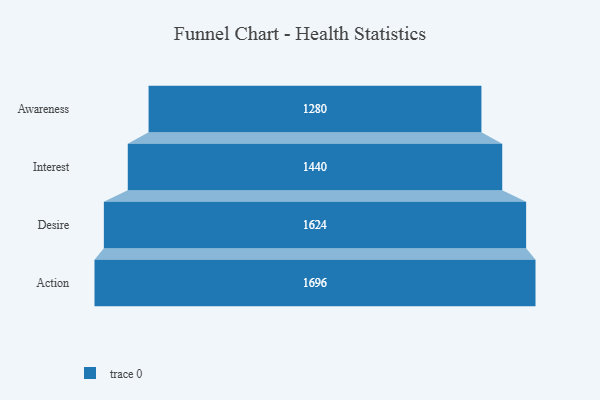
{"axis": {"x": "Stage", "y": "Value"}, "legend": [""], "data": [{"x": "Awareness", "y": 1280.0, "type": ""}, {"x": "Interest", "y": 1440.0, "type": ""}, {"x": "Desire", "y": 1624.0, "type": ""}, {"x": "Action", "y": 1696.0, "type": ""}]}